Lunatic asylums in Bengal annual reports 1899-1911 - 1899-1911
Year: 1899
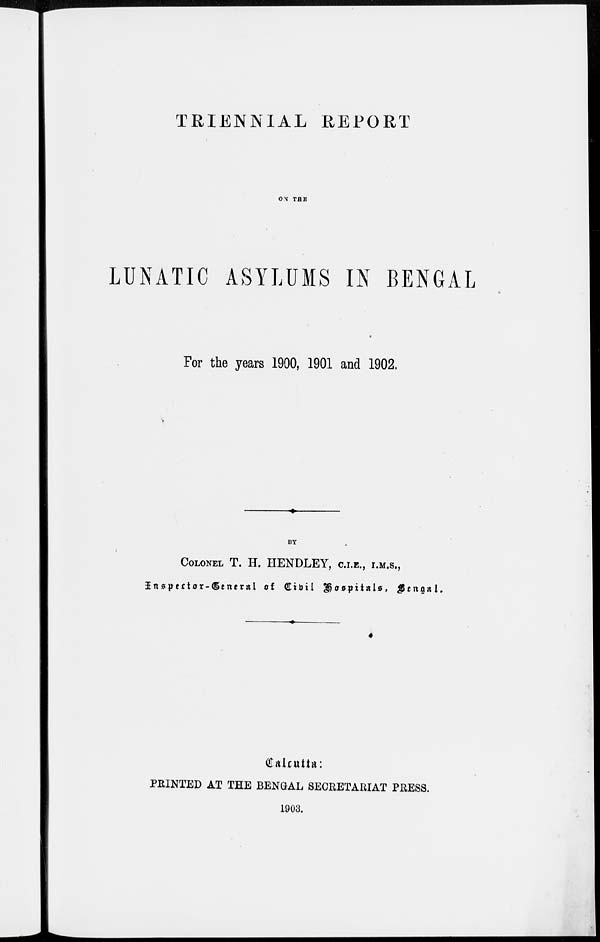
TRIENNIAL REPORT
ON THE
LUNATIC ASYLUMS IN BENGAL
For the years 1900, 1901 and 1902.
COLONEL T. H. HENDLEY, C.I.E., I.M.S.,
Inspector-General of Civil Hospitals, Bengal.
Calcutta:
PRINTED AT THE BENGAL SECRETARIAT PRESS.
1903.